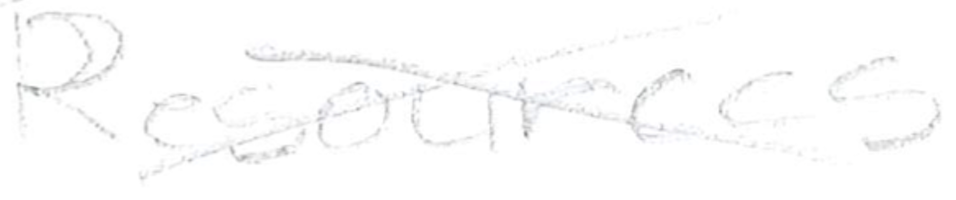
Text: Resources
Cross-out: cross
Writing tool: pencil